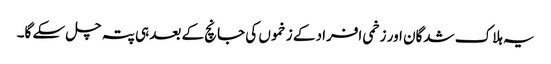
یہ ہلاک شدگان اور زخمی افراد کے زخموں کی جانچ کے بعد ہی پتہ چل سکے گا۔